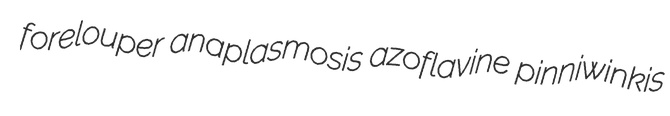
forelouper anaplasmosis azoflavine pinniwinkis